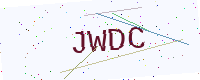
Text: JWDC